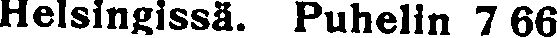
Helsingissä. Puhelin 7 66